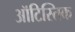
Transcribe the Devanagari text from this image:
ऑटिस्तिक